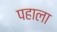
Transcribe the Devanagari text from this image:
पहाला